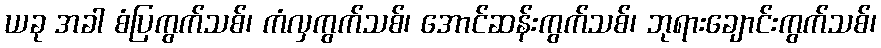
ယခု အခါ စံပြကွက်သစ်၊ ကံလှကွက်သစ်၊ အောင်ဆန်းကွက်သစ်၊ ဘုရားချောင်းကွက်သစ်၊